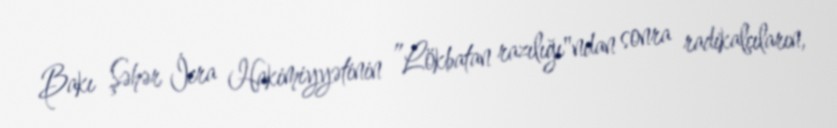
Bakı Şəhər İcra Hakimiyyətinin ”Lökbatan razılığı"ndan sonra radikalçıların,